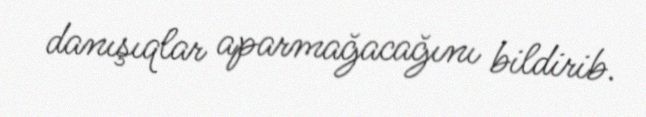
danışıqlar aparmağacağını bildirib.